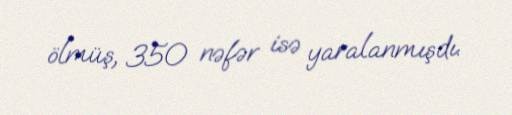
ölmüş, 350 nəfər isə yaralanmışdı.